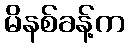
မိနစ်ခန့်က